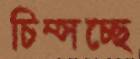
চিম্‌সচ্ছে